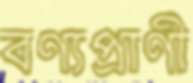
বণ্যপ্রাণী